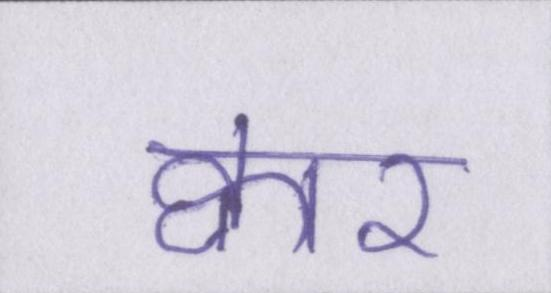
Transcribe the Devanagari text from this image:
क्वार